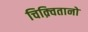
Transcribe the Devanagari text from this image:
चिक़्वितानो